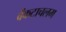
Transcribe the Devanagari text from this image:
वेंकटाचलम